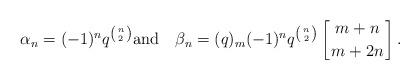
LaTeX: \begin{align*}\alpha_n=(-1)^nq^{\left({n\atop 2}\right)}\mbox{and}\quad\beta_n=(q)_m(-1)^nq^{\left({n\atop 2}\right)}\left[{m+n\atop m+2n}\right].\end{align*}